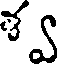
శ్వ